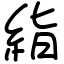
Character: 𥿻